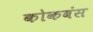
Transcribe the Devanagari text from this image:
कोकबंस